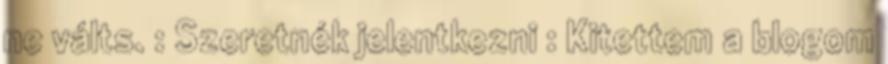
ne válts. : Szeretnék jelentkezni : Kitettem a blogom